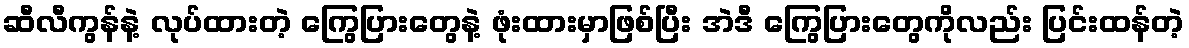
ဆီလီကွန်နဲ့ လုပ်ထားတဲ့ ကြွေပြားတွေနဲ့ ဖုံးထားမှာဖြစ်ပြီး အဲဒီ ကြွေပြားတွေကိုလည်း ပြင်းထန်တဲ့